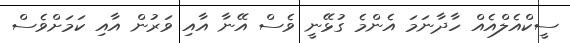
ސީކްއެލްއެއް ހާދާނަމަ އެންމެ ގުޅޭނީ ވެސް އޭނާ އާއި ވަރުން އާއި ކަމަށްވެސް